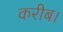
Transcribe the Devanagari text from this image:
करीब।